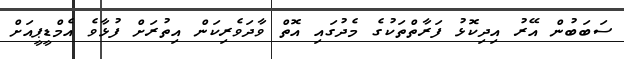
ސަބަބުން އޭރު އިދިކޮޅު ފަރާތްތަކުގެ މެދުގައި އޮތް ވާދަވެރިކަން އިތުރަށް ފުޅާވެ އެމްޑީޕީއަށް